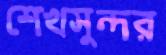
শেখসুন্দর